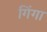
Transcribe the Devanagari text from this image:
गिंगा